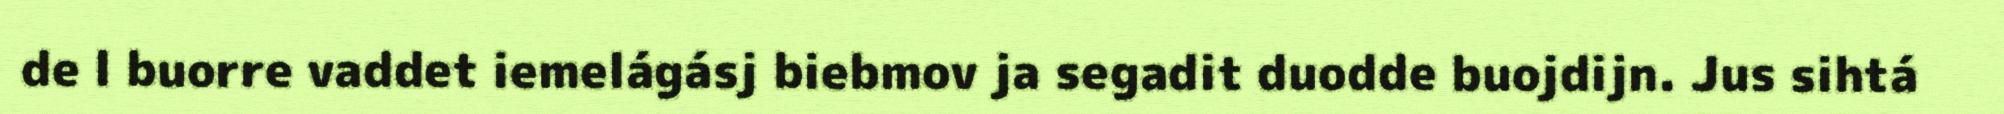
de l buorre vaddet iemelágásj biebmov ja segadit duodde buojdijn. Jus sihtá